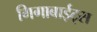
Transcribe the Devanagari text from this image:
गिगाबाईट्स